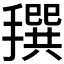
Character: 𢵬